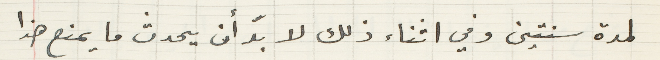
لمدة سنتين وفي اثناء ذلك لا بدّ أن يحدث ما يمنع هذا